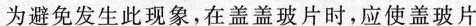
为避免发生此现象，在盖盖玻片时，应使盖玻片